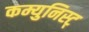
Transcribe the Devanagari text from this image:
कम्युनिस्ट्